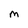
Character: M